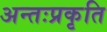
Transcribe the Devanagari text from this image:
अन्तःप्रकृति